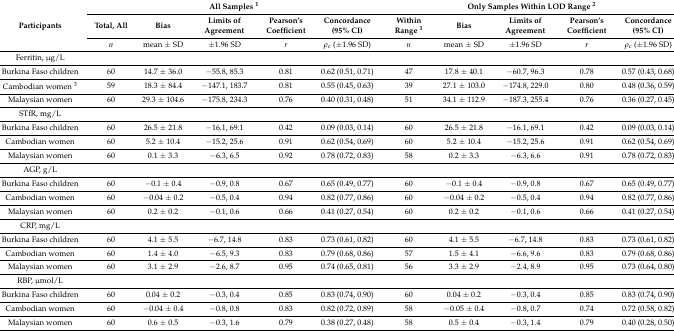
<table><thead><tr><td rowspan="2"><b>Participants</b></td><td colspan="5"><b>All Samples <sup>1</sup></b></td><td colspan="5"><b>Only Samples Within LOD Range <sup>2</sup></b></td></tr><tr><td><b>Total, All</b></td><td><b>Bias</b></td><td><b>Limits of Agreement</b></td><td><b>Pearson’s Coefficient</b></td><td><b>Concordance (95% CI)</b></td><td><b>Within Range <sup>1</sup></b></td><td><b>Bias</b></td><td><b>Limits of Agreement</b></td><td><b>Pearson’s Coefficient</b></td><td><b>Concordance (95% CI)</b></td></tr></thead><tbody><tr><td></td><td><i>n</i></td><td>mean ± SD</td><td>±1.96 SD</td><td><i>r</i></td><td><i>ρ</i><sub>c</sub> (±1.96 SD)</td><td><i>n</i></td><td>mean ± SD</td><td>±1.96 SD</td><td><i>r</i></td><td><i>ρ</i><sub>c</sub> (±1.96 SD)</td></tr><tr><td>Ferritin, μg/L</td><td></td><td></td><td></td><td></td><td></td><td></td><td></td><td></td><td></td><td></td></tr><tr><td>Burkina Faso children</td><td>60</td><td>14.7 ± 36.0</td><td>−55.8, 85.3</td><td>0.81</td><td>0.62 (0.51, 0.71)</td><td>47</td><td>17.8 ± 40.1</td><td>−60.7, 96.3</td><td>0.78</td><td>0.57 (0.43, 0.68)</td></tr><tr><td>Cambodian women <sup>3</sup></td><td>59</td><td>18.3 ± 84.4</td><td>−147.1, 183.7</td><td>0.81</td><td>0.55 (0.45, 0.63)</td><td>39</td><td>27.1 ± 103.0</td><td>−174.8, 229.0</td><td>0.80</td><td>0.48 (0.36, 0.59)</td></tr><tr><td>Malaysian women</td><td>60</td><td>29.3 ± 104.6</td><td>−175.8, 234.3</td><td>0.76</td><td>0.40 (0.31, 0.48)</td><td>51</td><td>34.1 ± 112.9</td><td>−187.3, 255.4</td><td>0.76</td><td>0.36 (0.27, 0.45)</td></tr><tr><td>STfR, mg/L</td><td></td><td></td><td></td><td></td><td></td><td></td><td></td><td></td><td></td><td></td></tr><tr><td>Burkina Faso children</td><td>60</td><td>26.5 ± 21.8</td><td>−16.1, 69.1</td><td>0.42</td><td>0.09 (0.03, 0.14)</td><td>60</td><td>26.5 ± 21.8</td><td>−16.1, 69.1</td><td>0.42</td><td>0.09 (0.03, 0.14)</td></tr><tr><td>Cambodian women</td><td>60</td><td>5.2 ± 10.4</td><td>−15.2, 25.6</td><td>0.91</td><td>0.62 (0.54, 0.69)</td><td>60</td><td>5.2 ± 10.4</td><td>−15.2, 25.6</td><td>0.91</td><td>0.62 (0.54, 0.69)</td></tr><tr><td>Malaysian women</td><td>60</td><td>0.1 ± 3.3</td><td>−6.3, 6.5</td><td>0.92</td><td>0.78 (0.72, 0.83)</td><td>58</td><td>0.2 ± 3.3</td><td>−6.3, 6.6</td><td>0.91</td><td>0.78 (0.72, 0.83)</td></tr><tr><td>AGP, g/L</td><td></td><td></td><td></td><td></td><td></td><td></td><td></td><td></td><td></td><td></td></tr><tr><td>Burkina Faso children</td><td>60</td><td>−0.1 ± 0.4</td><td>−0.9, 0.8</td><td>0.67</td><td>0.65 (0.49, 0.77)</td><td>60</td><td>−0.1 ± 0.4</td><td>−0.9, 0.8</td><td>0.67</td><td>0.65 (0.49, 0.77)</td></tr><tr><td>Cambodian women</td><td>60</td><td>−0.04 ± 0.2</td><td>−0.5, 0.4</td><td>0.94</td><td>0.82 (0.77, 0.86)</td><td>60</td><td>−0.04 ± 0.2</td><td>−0.5, 0.4</td><td>0.94</td><td>0.82 (0.77, 0.86)</td></tr><tr><td>Malaysian women</td><td>60</td><td>0.2 ± 0.2</td><td>−0.1, 0.6</td><td>0.66</td><td>0.41 (0.27, 0.54)</td><td>60</td><td>0.2 ± 0.2</td><td>−0.1, 0.6</td><td>0.66</td><td>0.41 (0.27, 0.54)</td></tr><tr><td>CRP, mg/L</td><td></td><td></td><td></td><td></td><td></td><td></td><td></td><td></td><td></td><td></td></tr><tr><td>Burkina Faso children</td><td>60</td><td>4.1 ± 5.5</td><td>−6.7, 14.8</td><td>0.83</td><td>0.73 (0.61, 0.82)</td><td>60</td><td>4.1 ± 5.5</td><td>−6.7, 14.8</td><td>0.83</td><td>0.73 (0.61, 0.82)</td></tr><tr><td>Cambodian women</td><td>60</td><td>1.4 ± 4.0</td><td>−6.5, 9.3</td><td>0.83</td><td>0.79 (0.68, 0.86)</td><td>57</td><td>1.5 ± 4.1</td><td>−6.6, 9.6</td><td>0.83</td><td>0.79 (0.68, 0.86)</td></tr><tr><td>Malaysian women</td><td>60</td><td>3.1 ± 2.9</td><td>−2.6, 8.7</td><td>0.95</td><td>0.74 (0.65, 0.81)</td><td>56</td><td>3.3 ± 2.9</td><td>−2.4, 8.9</td><td>0.95</td><td>0.73 (0.64, 0.80)</td></tr><tr><td>RBP, μmol/L</td><td></td><td></td><td></td><td></td><td></td><td></td><td></td><td></td><td></td><td></td></tr><tr><td>Burkina Faso children</td><td>60</td><td>0.04 ± 0.2</td><td>−0.3, 0.4</td><td>0.85</td><td>0.83 (0.74, 0.90)</td><td>60</td><td>0.04 ± 0.2</td><td>−0.3, 0.4</td><td>0.85</td><td>0.83 (0.74, 0.90)</td></tr><tr><td>Cambodian women</td><td>60</td><td>−0.04 ± 0.4</td><td>−0.8, 0.8</td><td>0.83</td><td>0.82 (0.72, 0.89)</td><td>58</td><td>−0.05 ± 0.4</td><td>−0.8, 0.7</td><td>0.74</td><td>0.72 (0.58, 0.82)</td></tr><tr><td>Malaysian women</td><td>60</td><td>0.6 ± 0.5</td><td>−0.3, 1.6</td><td>0.79</td><td>0.38 (0.27, 0.48)</td><td>58</td><td>0.5 ± 0.4</td><td>−0.3, 1.4</td><td>0.79</td><td>0.40 (0.28, 0.50)</td></tr></tbody></table>